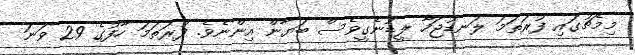
މިމެޗުގައި ފުރަތަމަ ލަނޑުޖަހާ ލީޑުނެގީވެސް ބަޔާން އިންނެވެ. ފުރަތަމަ ހާފުގެ 29 ވަނަ